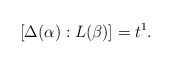
\begin{align*}[\Delta(\alpha):L(\beta)]=t^1.\end{align*}